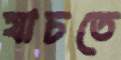
যাচতে